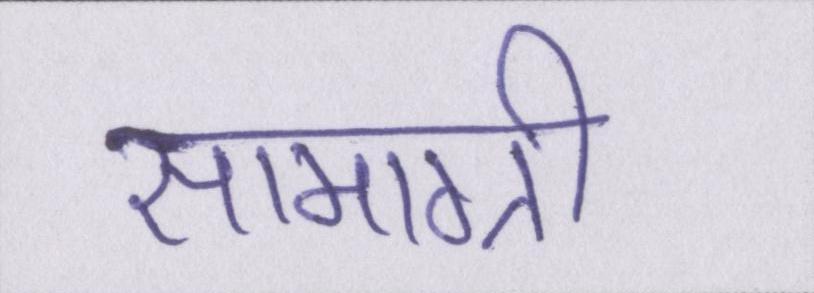
सामाग्री